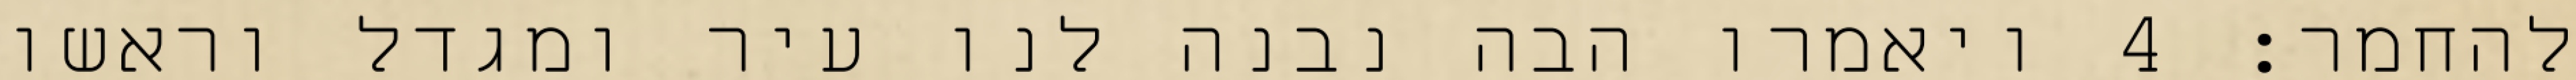
להחמר׃ ‎4‏ ויאמרו הבה נבנה לנו עיר ומגדל וראשו